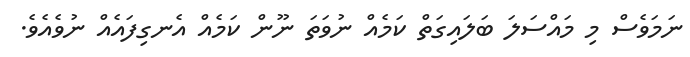
ނަމަވެސް މި މައްސަލަ ބަލައިގަތް ކަމެއް ނުވަތަ ނޫން ކަމެއް އެނގިފައެއް ނުވެއެވެ.